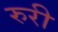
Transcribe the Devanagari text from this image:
रुरी